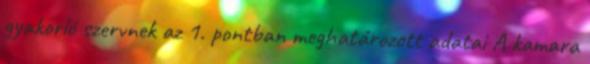
gyakorló szervnek az 1. pontban meghatározott adatai A kamara